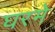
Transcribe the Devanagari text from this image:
घरमे